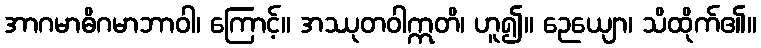
အာဂမာဓိဂမာဘာဝါ၊ ကြောင့်။ အဿုတဝါဣတိ၊ ဟူ၍။ ဉေယျော၊ သိထိုက်၏။